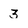
Character: 3